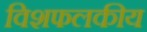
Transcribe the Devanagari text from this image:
विशफलकीय